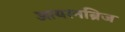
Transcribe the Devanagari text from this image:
आयरनब्रिज